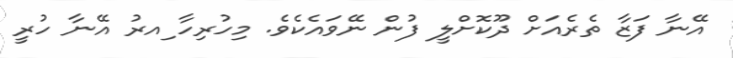
އޭނާ ފަޒާ ތެރެއަށް ދޫކޮށްލީ ފުން ނޭވައެކެވެ. މިހުރިހާ ިއރު އޭނާ ހުރީ